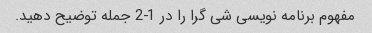
مفهوم برنامه نویسی شی گرا را در 1-2 جمله توضیح دهید.